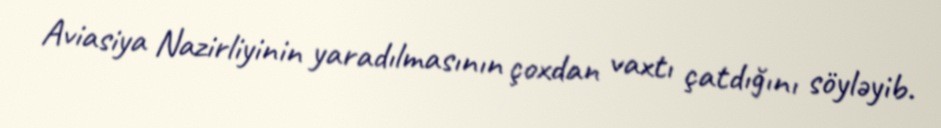
Aviasiya Nazirliyinin yaradılmasının çoxdan vaxtı çatdığını söyləyib.